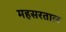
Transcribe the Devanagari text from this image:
महसरताल